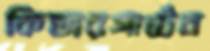
কিন্ডারগার্টেন